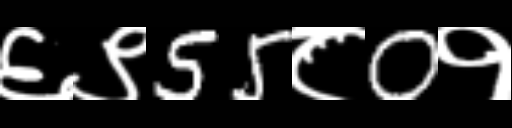
Text: ६९55८0१